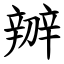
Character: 辧